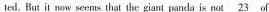
tel. But it now seems that the giant panda is not \underline { 2 3 } of